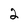
Character: 2